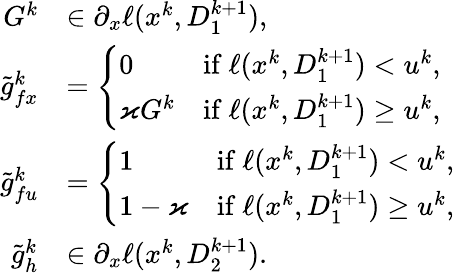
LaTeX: \begin{array}{rl}{G^{k}}&{\in\partial_{x}\ell(x^{k},D_{1}^{k+1}),}\\ {\tilde{g}_{fx}^{k}}&{=\left\{ \begin{array}{ll}{0}&{\mathrm{if~}\ell(x^{k},D_{1}^{k+1})<u^{k},}\\ {\varkappa G^{k}}&{\mathrm{if~}\ell(x^{k},D_{1}^{k+1})\ge u^{k},}\end{array}\right.}\\ {\tilde{g}_{fu}^{k}}&{=\left\{ \begin{array}{ll}{1}&{\mathrm{if~}\ell(x^{k},D_{1}^{k+1})<u^{k},}\\ {1-\varkappa}&{\mathrm{if~}\ell(x^{k},D_{1}^{k+1})\ge u^{k},}\end{array}\right.}\\ {\tilde{g}_{h}^{k}}&{\in\partial_{x}\ell(x^{k},D_{2}^{k+1}).}\end{array}